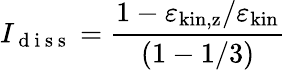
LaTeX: I_{\mathrm{~d~i~s~s~}}=\frac{1-\varepsilon_{\mathrm{kin,z}}/\varepsilon_{\mathrm{kin}}}{(1-1/3)}